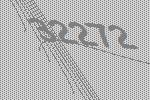
32272